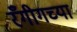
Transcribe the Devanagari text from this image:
रँगीगच्या